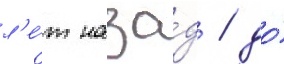
л'е́т наза́д / до́